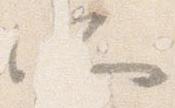
所